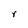
Character: r